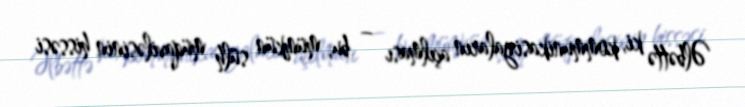
Əlbəttə ki, kommunikasiyaların açılması – bu, mümkün sülh müqaviləsinin hissəsi